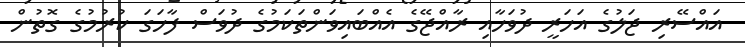
އައްސޭރި ޖަލުގެ އަހަރީ ދުވަހާއި ރާއްޖޭގެ އެއްބައިވަންތަކަމުގެ ދުވަސް ފާހަގަ ކުރުމުގެ ގޮތުން